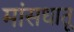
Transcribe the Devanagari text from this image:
मांसधातू